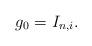
LaTeX: \begin{align*} g_0=I_{n,i}.\end{align*}